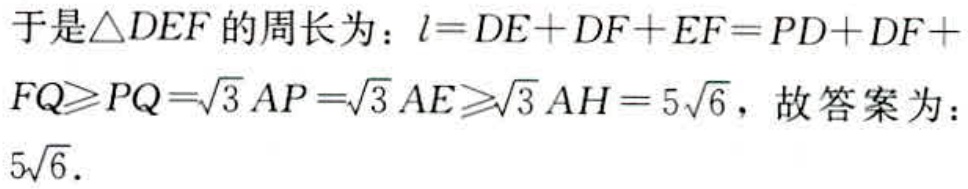
于是\(\triangle DEF\)的周长为：\(l = DE + DF + EF = PD + DF + FQ\geqslant PQ=\sqrt{3}AP=\sqrt{3}AE\geqslant\sqrt{3}AH = 5\sqrt{6}\)，故答案为：\(5\sqrt{6}\)．